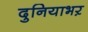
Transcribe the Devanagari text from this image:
दुनियाभऱ